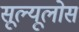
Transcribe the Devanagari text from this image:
सूल्यूलोस